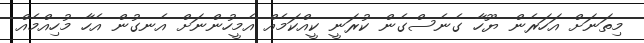
މިތަނަށް އަހަރެން ޔޫހާ ގެނެސްގެން ކުރަނީ ކީއްކަމެއް އެމީހުންނަށް އެނގުން އެހާ މުހިއްމެއް